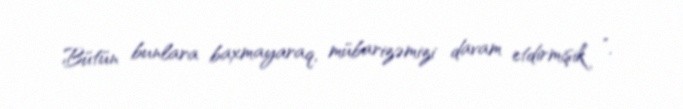
Bütün bunlara baxmayaraq, mübarizəmizi davam etdirmişik ”.